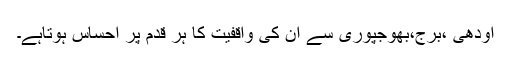
اودھی ،برج،بھوجپوری سے ان کی واقفیت کا ہر قدم پر احساس ہوتاہے۔